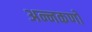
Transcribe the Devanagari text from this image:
अन्नकणों